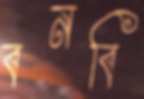
বনবি